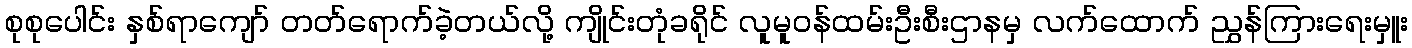
စုစုပေါင်း နှစ်ရာကျော် တတ်ရောက်ခဲ့တယ်လို့ ကျိုင်းတုံခရိုင် လူမူဝန်ထမ်းဦးစီးဌာနမှ လက်ထောက် ညွှန်ကြားရေးမှူး